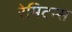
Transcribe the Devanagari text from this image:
रेमिटन्स